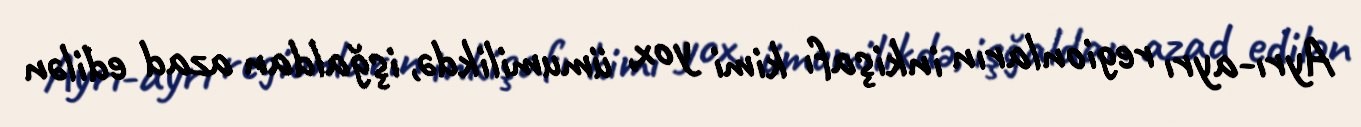
Ayrı-ayrı regionların inkişafı kimi yox, ümumilikdə, işğaldan azad edilən